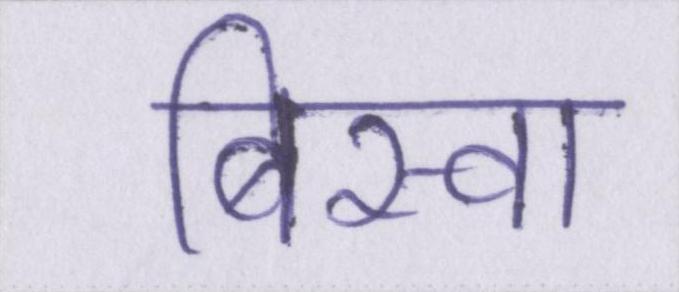
बिस्वा